Tezpur Lunatic Asylum reports 1877-1894 - 1877-1894
Year: 1877
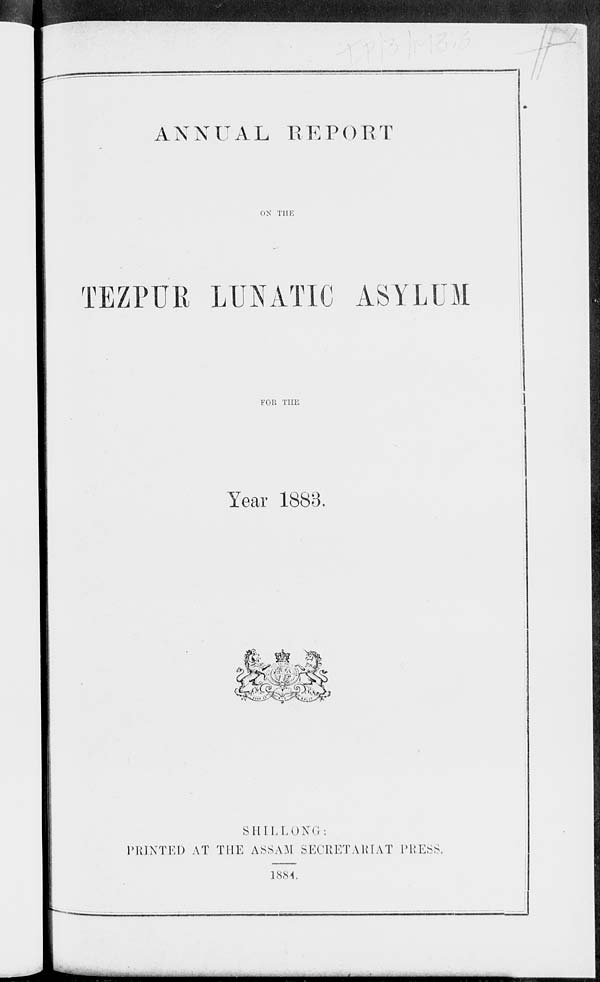
A N N U A L R E P 0 R T
ON THE
TEZPUR LUNATIC ASYLUM
FOR THE
Year 1883.
SHILLONG.
PRINTED AT THE ASSAM SECRETARIAT PRESS,
1884.